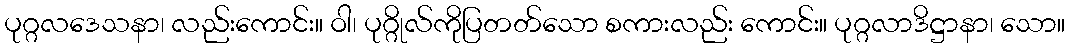
ပုဂ္ဂလဒေသနာ၊ လည်းကောင်း။ ဝါ၊ ပုဂ္ဂိုလ်ကိုပြတတ်သော စကားလည်း ကောင်း။ ပုဂ္ဂလာဒိဋ္ဌာနာ၊ သော။